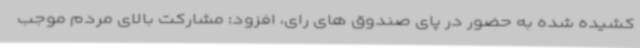
کشیده شده به حضور در پای صندوق های رای، افزود: مشارکت بالای مردم موجب